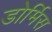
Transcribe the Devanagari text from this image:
डोर्मिस